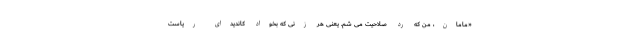
«مامان، من که رد صلاحیت می شم. یعنی هر زنی که بخواد کاندیدای ریاست